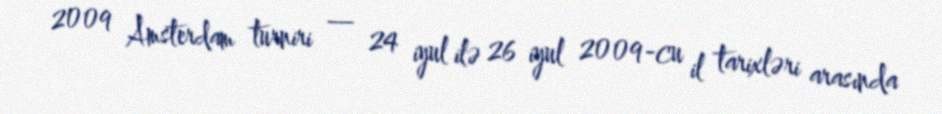
2009 Amsterdam turniri — 24 iyul ilə 26 iyul 2009-cu il tarixləri arasında